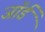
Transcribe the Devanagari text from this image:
जाॅर्ड